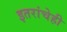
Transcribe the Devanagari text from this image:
इतरांचेही